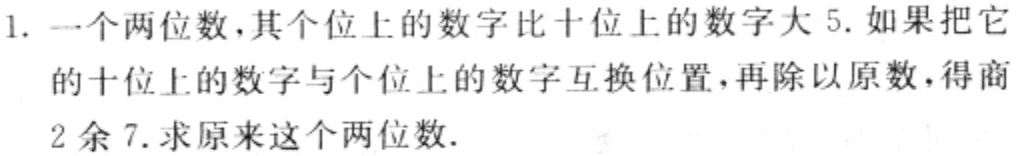
1. 一个两位数，其个位上的数字比十位上的数字大 5. 如果把它的十位上的数字与个位上的数字互换位置，再除以原数，得商2余7. 求原来这个两位数.